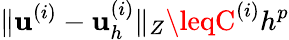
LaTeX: \| \mathbf{u}^{(i)}-\mathbf{u}_{h}^{(i)}\| _{Z}\leqC^{(i)}h^{p}